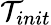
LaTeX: \mathcal{T}_{init}